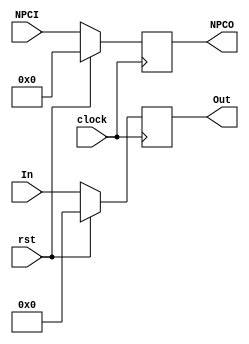
`timescale 1ns / 1ps
//////////////////////////////////////////////////////////////////////////////////
// Company: 
// Engineer: 
// 
// Design Name: 
// Module Name:    IF_ID 
// Project Name: 
// Target Devices: 
// Tool versions: 
// Description: 
//
// Dependencies: 
//
// Revision: 
// Revision 0.01 - File Created
// Additional Comments: 
//
//////////////////////////////////////////////////////////////////////////////////
module IF_ID(
		input rst,
		input clock,
		input [31:0] In,
		input [7:0] NPCI,
		output reg [31:0] Out,
		output reg [7:0] NPCO
    );
	
	initial begin
		Out<=32'b0;
		NPCO<=8'b0;
		end
		
	always @(posedge clock)     //At every clock cycle, assign output=input
			begin
			if(rst)
				begin
					NPCO<=0;
					Out<=0;
				end
			else
				begin
					NPCO<=NPCI;
					Out<=In;
				end				
			end
endmodule